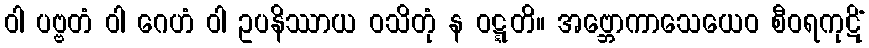
ဝါ ပဗ္ဗတံ ဝါ ဂေဟံ ဝါ ဥပနိဿာယ ဝသိတုံ န ဝဋ္ဋတိ။ အဗ္ဘောကာသေယေဝ စီဝရကုဋိံ